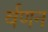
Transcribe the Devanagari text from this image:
र्वणन